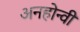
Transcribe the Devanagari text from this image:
अनहोन्‍वी